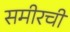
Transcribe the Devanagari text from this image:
समीरची